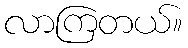
လာကြတယ်။